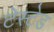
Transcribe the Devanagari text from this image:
टेस्टेड